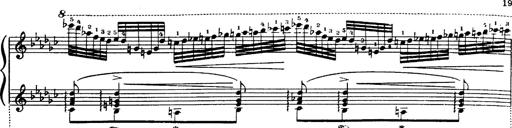
Title: Danza sacra e duetto finale dâ€™Aida
Composer: Franz Liszt